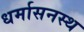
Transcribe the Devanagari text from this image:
धर्मासनस्थ